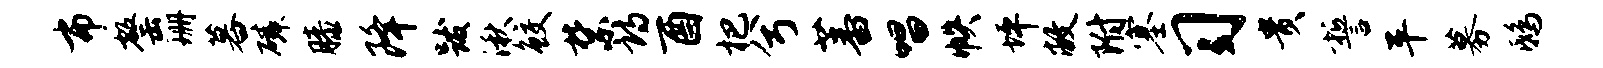
布罄珊暮磷膝降跋湫鲛禁诗酉杷兮蕃唱帙坪敝附塞习贵誓平募鸱